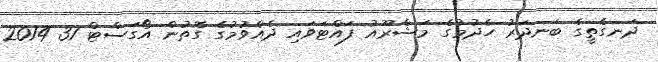
ދަނގެތީގެ ބަނދަރު ހެދުމުގެ މަޝްރޫއު ފައްޓަވައި ދެއްވުމުގެ ގޮތުން އޯގަސްޓް 31 2014